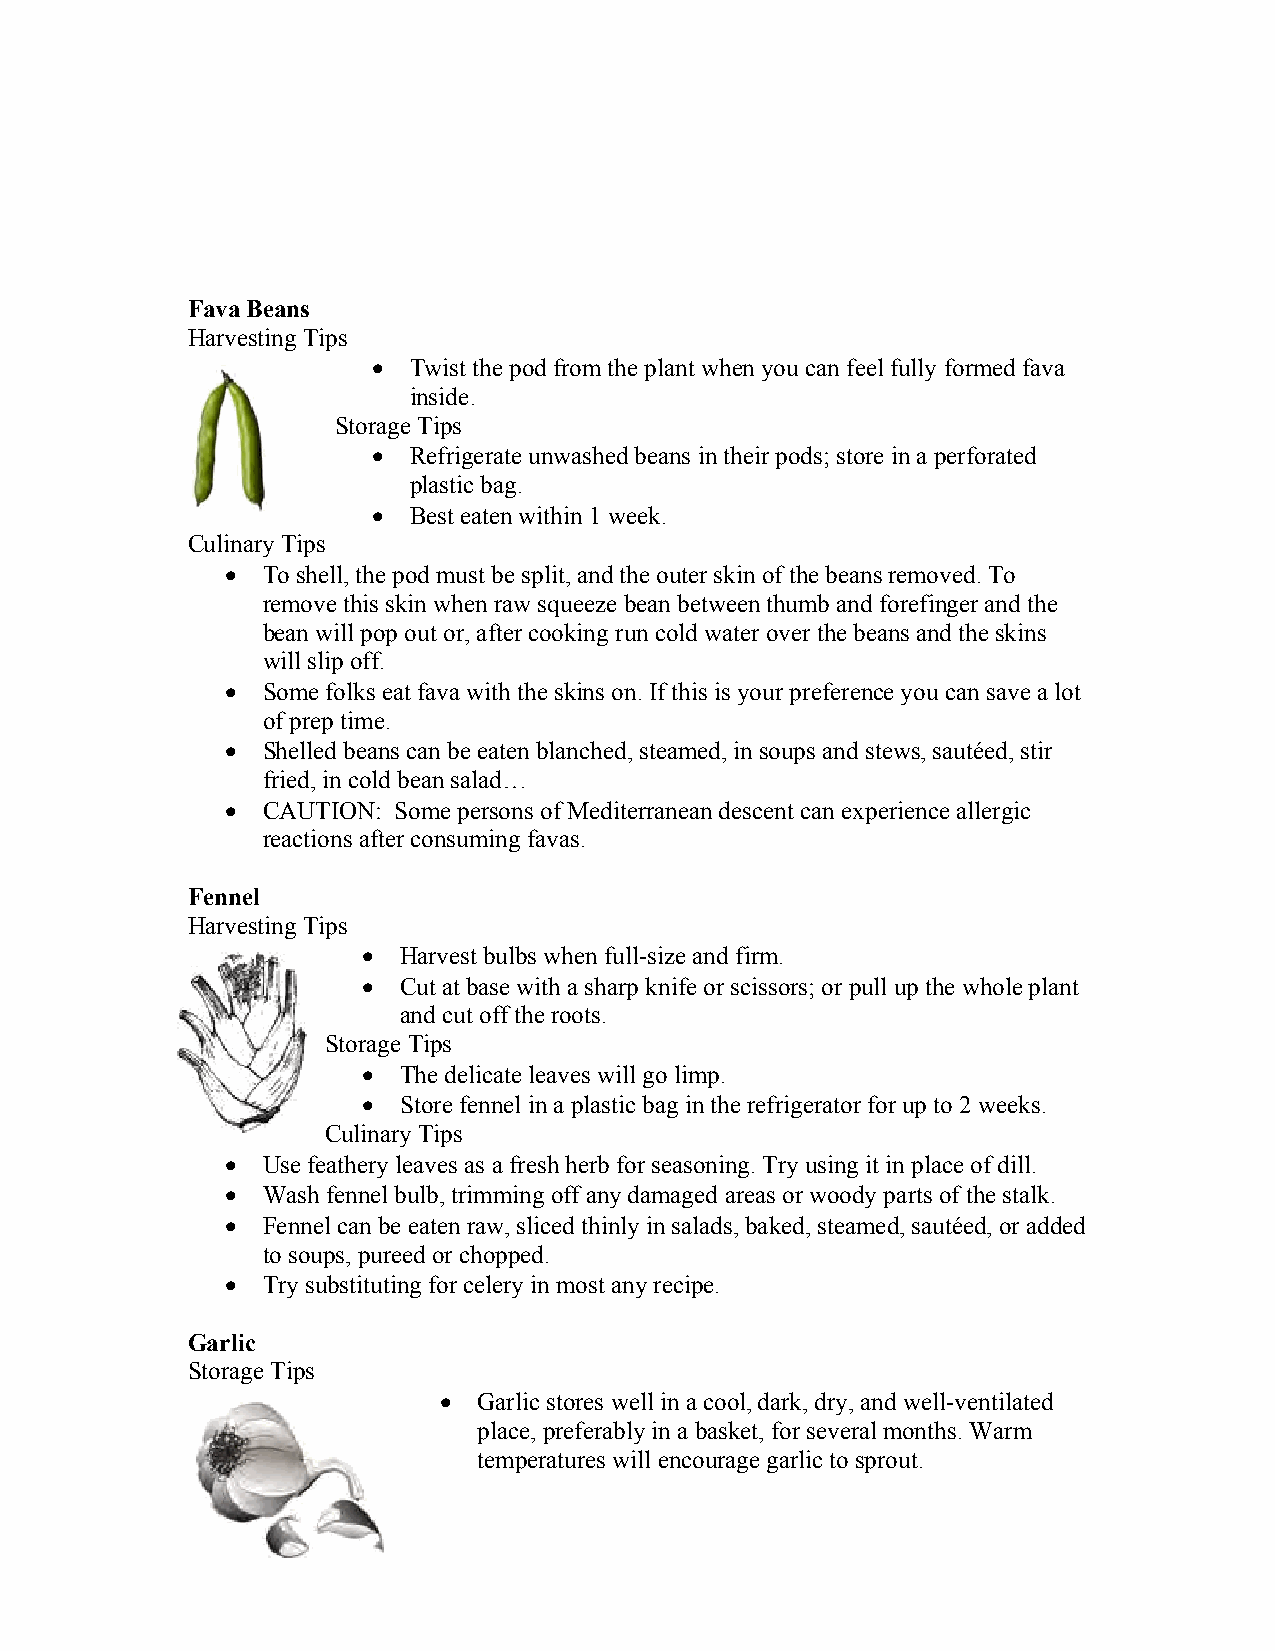
Fava Beans
 Harvesting Tips
  Twist the pod from the plant when you can feel fully formed fava
 inside.
 Storage Tips
  Refrigerate unwashed beans in their pods; store in a perforated
 plastic bag.
  Best eaten within 1 week.
 Culinary Tips
  To shell, the pod must be split, and the outer skin of the beans removed. To
 remove this skin when raw squeeze bean between thumb and forefinger and the
 bean will pop out or, after cooking run cold water over the beans and the skins
 will slip off.
  Some folks eat fava with the skins on. If this is your preference you can save a lot
 of prep time.
  Shelled beans can be eaten blanched, steamed, in soups and stews, sautéed, stir
 fried, in cold bean salad…
  CAUTION: Some persons of Mediterranean descent can experience allergic
 reactions after consuming favas.
 Fennel
 Harvesting Tips
  Harvest bulbs when full-size and firm.
  Cut at base with a sharp knife or scissors; or pull up the whole plant
 and cut off the roots.
 Storage Tips
  The delicate leaves will go limp.
  Store fennel in a plastic bag in the refrigerator for up to 2 weeks.
 Culinary Tips
  Use feathery leaves as a fresh herb for seasoning. Try using it in place of dill.
  Wash fennel bulb, trimming off any damaged areas or woody parts of the stalk.
  Fennel can be eaten raw, sliced thinly in salads, baked, steamed, sautéed, or added
 to soups, pureed or chopped.
  Try substituting for celery in most any recipe.
 Garlic
 Storage Tips
   Garlic stores well in a cool, dark, dry, and well-ventilated
 place, preferably in a basket, for several months. Warm
 temperatures will encourage garlic to sprout.